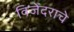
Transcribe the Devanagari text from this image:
विजेंदराचे